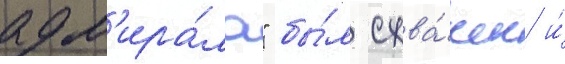
адм'ира́ла" бы́л схва́чен и́